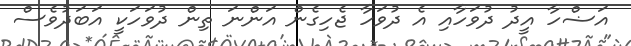
އަޟްހާ އީދު ދުވަހާއި އެ ދުވަހާ ޖެހިގެން އަންނަ ތިން ދުވަހަކީ އަބަދުވެސް